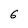
Character: 6